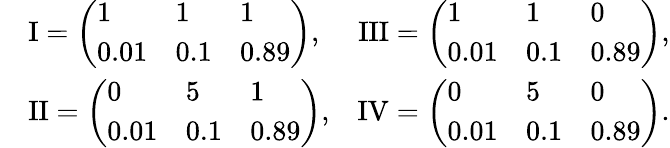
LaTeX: \begin{array}{rlr}&{\mathrm{I}=\left(\begin{array}{lll}{1}&{1}&{1}\\ {0.01}&{0.1}&{0.89}\end{array}\right),}&{\mathrm{III}=\left(\begin{array}{lll}{1}&{1}&{0}\\ {0.01}&{0.1}&{0.89}\end{array}\right),}\\ &{\mathrm{II}=\left(\begin{array}{lll}{0}&{5}&{1}\\ {0.01}&{0.1}&{0.89}\end{array}\right),}&{\mathrm{IV}=\left(\begin{array}{lll}{0}&{5}&{0}\\ {0.01}&{0.1}&{0.89}\end{array}\right).}\end{array}